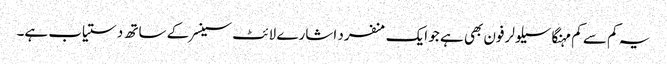
یہ کم سے کم مہنگا سیلولر فون بھی ہے جو ایک منفرد اشارے لائٹ سینسر کے ساتھ دستیاب ہے۔